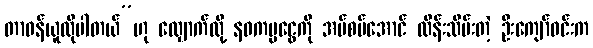
တာဝန်ယူလိုပါတယ်”ဟု လျှောက်လို့ နဝကမ္မငွေကို အပ်စပ်အောင် ထိန်းသိမ်းတဲ့ ဦးကျော်ဝင်းက